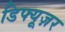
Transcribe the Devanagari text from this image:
डिफ्यूज़र